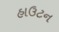
હાઉટન